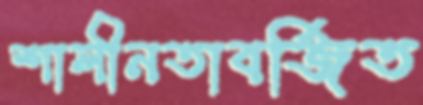
শালীনতাবর্জিত